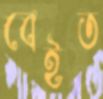
বেইত